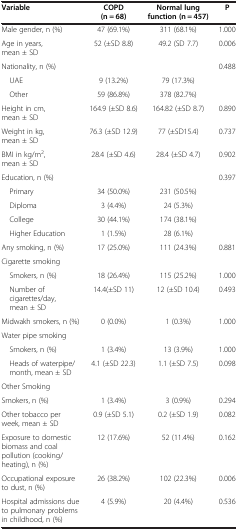
| Variable | COPD (n = 68) | Normal lung function (n = 457) | P |
 | --- | --- | --- | --- |
 | Male gender, n (%) | 47 (69.1%) | 311 (68.1%) | 1.000 |
 | Age in years, mean ± SD | 52 (±SD 8.8) | 49.2 (SD 7.7) | 0.006 |
 | Nationality, n (%) |  |  | <ROWSPAN=3> 0.488 |
 | UAE | 9 (13.2%) | 79 (17.3%) |
 | Other | 59 (86.8%) | 378 (82.7%) |
 | Height in cm, mean ± SD | 164.9 (±SD 8.6) | 164.82 (±SD 8.7) | 0.890 |
 | Weight in kg, mean ± SD | 76.3 (±SD 12.9) | 77 (±SD15.4) | 0.737 |
 | BMI in kg/m2, mean ± SD | 28.4 (±SD 4.6) | 28.4 (±SD 4.7) | 0.902 |
 | Education, n (%) |  |  | <ROWSPAN=5> 0.397 |
 | Primary | 34 (50.0%) | 231 (50.5%) |
 | Diploma | 3 (4.4%) | 24 (5.3%) |
 | College | 30 (44.1%) | 174 (38.1%) |
 | Higher Education | 1 (1.5%) | 28 (6.1%) |
 | Any smoking, n (%) | 17 (25.0%) | 111 (24.3%) | 0.881 |
 | Cigarette smoking |  |  |  |
 | Smokers, n (%) | 18 (26.4%) | 115 (25.2%) | 1.000 |
 | Number of cigarettes/day, mean ± SD | 14.4(±SD 11) | 12 (±SD 10.4) | 0.493 |
 | Midwakh smokers, n (%) | 0 (0.0%) | 1 (0.3%) | 1.000 |
 | Water pipe smoking |  |  |  |
 | Smokers, n (%) | 1 (3.4%) | 13 (3.9%) | 1.000 |
 | Heads of waterpipe/month, mean ± SD | 4.1 (±SD 22.3) | 1.1 (±SD 7.5) | 0.098 |
 | Other Smoking |  |  |  |
 | Smokers, n (%) | 1 (3.4%) | 3 (0.9%) | 0.294 |
 | Other tobacco per week, mean ± SD | 0.9 (±SD 5.1) | 0.2 (±SD 1.9) | 0.082 |
 | Exposure to domestic biomass and coal pollution (cooking/heating), n (%) | 12 (17.6%) | 52 (11.4%) | 0.162 |
 | Occupational exposure to dust, n (%) | 26 (38.2%) | 102 (22.3%) | 0.006 |
 | Hospital admissions due to pulmonary problems in childhood, n (%) | 4 (5.9%) | 20 (4.4%) | 0.536 |